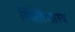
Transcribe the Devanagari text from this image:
स्थितिशास्त्र